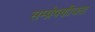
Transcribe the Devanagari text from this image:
सम्प्रेषणीयता